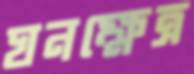
ঘনক্ষেত্র